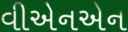
વીએનએન